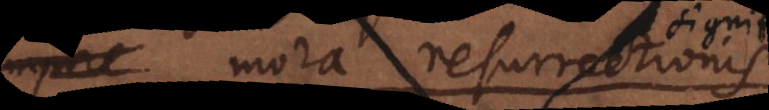
mora resurrectionis